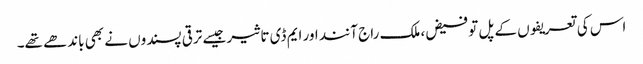
اس کی تعریفوں کے پل تو فیض، ملک راج آنند اور ایم ڈی تاثیر جیسے ترقی پسندوں نے بھی باندھے تھے۔